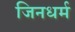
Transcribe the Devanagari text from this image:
जिनधर्म